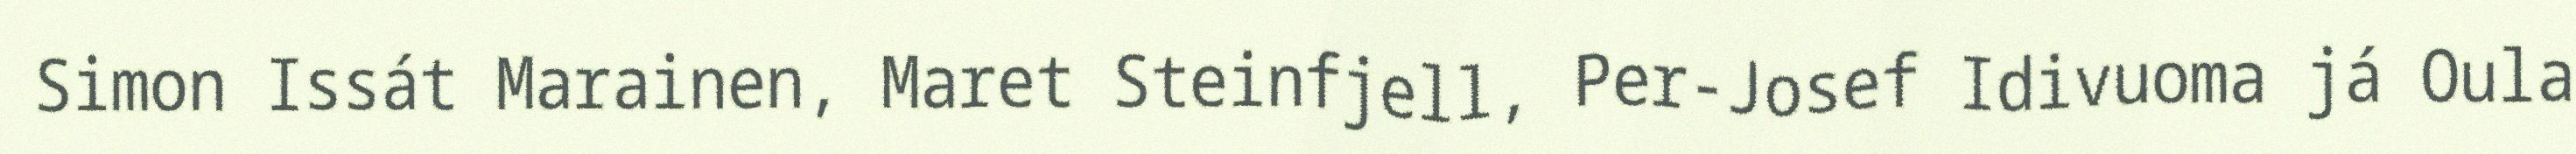
Simon Issát Marainen, Maret Steinfjell, Per-Josef Idivuoma já Oula